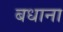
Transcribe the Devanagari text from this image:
बधाना